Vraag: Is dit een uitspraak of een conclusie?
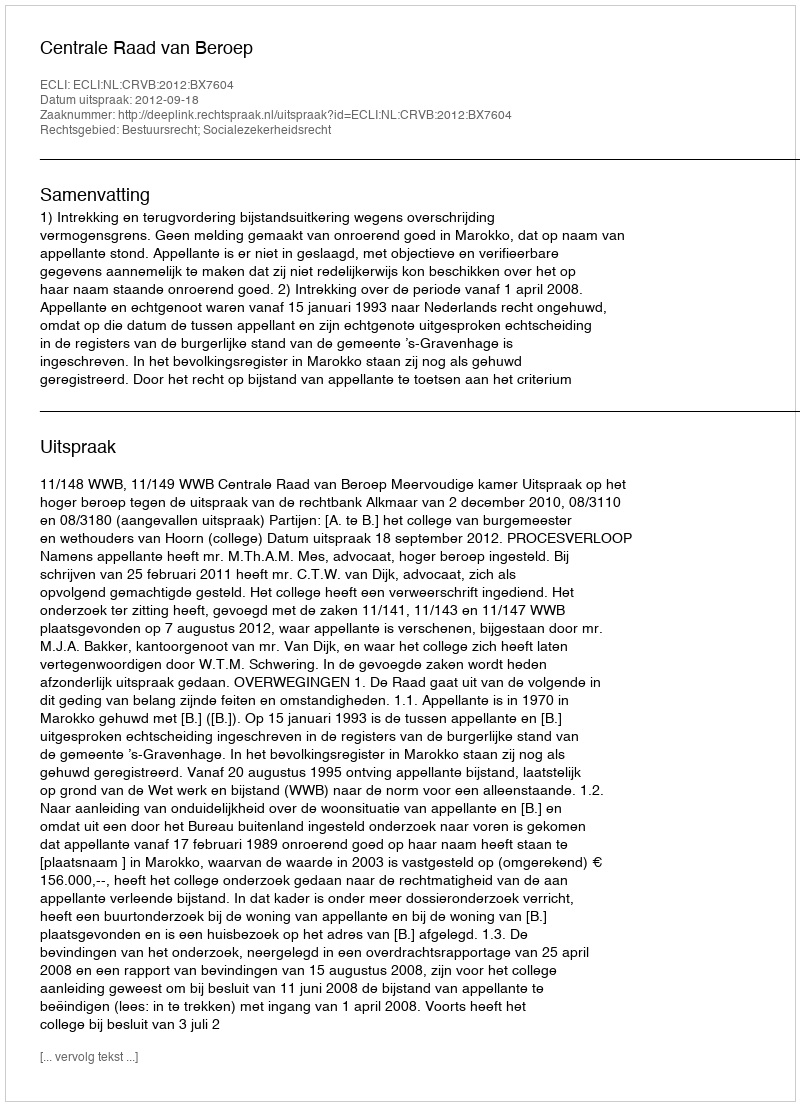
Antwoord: Uitspraak